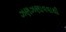
ઝણઝણાવવાથી